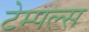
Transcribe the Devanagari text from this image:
टेम्पल्स